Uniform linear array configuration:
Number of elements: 48
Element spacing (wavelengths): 1
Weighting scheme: cosine
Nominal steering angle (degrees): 60
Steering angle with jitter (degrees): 58.772
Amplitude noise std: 0.05
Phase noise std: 0.05

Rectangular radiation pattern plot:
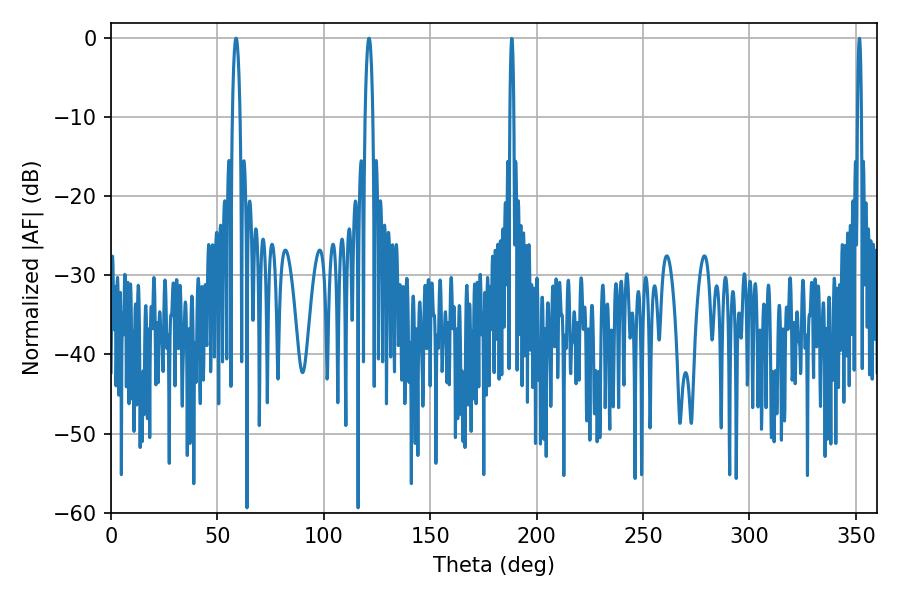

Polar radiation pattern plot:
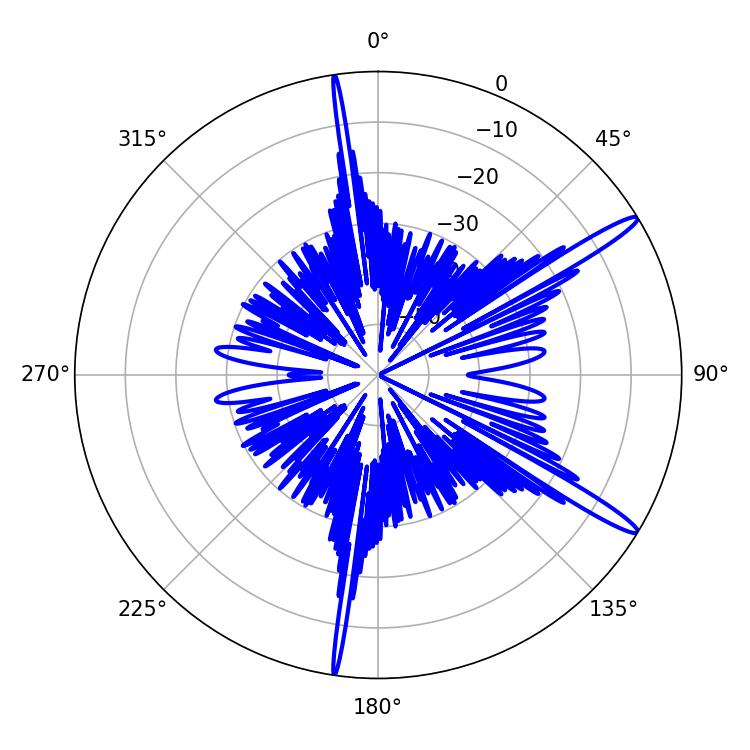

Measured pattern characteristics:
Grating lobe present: TRUE
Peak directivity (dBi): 15.0
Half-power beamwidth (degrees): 1.98
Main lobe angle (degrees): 58.68